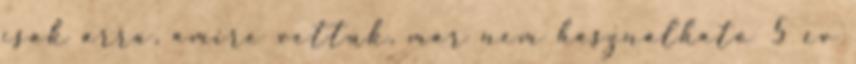
csak arra, amire vettük, már nem használható 5 év